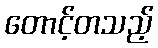
တောင့်တသည့်